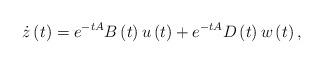
LaTeX: \begin{align*}\dot{z}\left(t\right)=e^{-tA}B\left(t\right)u\left(t\right)+e^{-tA}D\left(t\right)w\left(t\right),\end{align*}